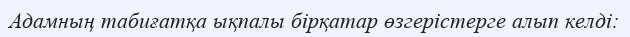
Адамның табиғатқа ықпалы бірқатар өзгерістерге алып келді: